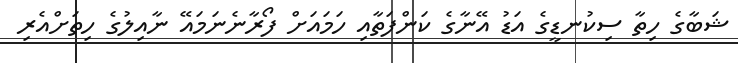
ޝަބާގެ ހިތާ ސިކުނޑީގެ އަޑު އޭނާގެ ކަންފަތާއި ހަމައަށް ފޯރާނެނަމައޭ ނާއިލުގެ ހިތަށްއެރި